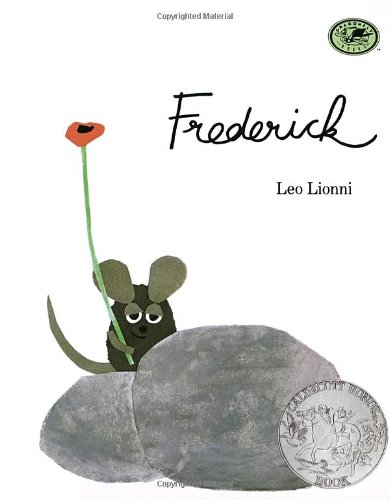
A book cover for Frederick; Leo Lionni; Children's Books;